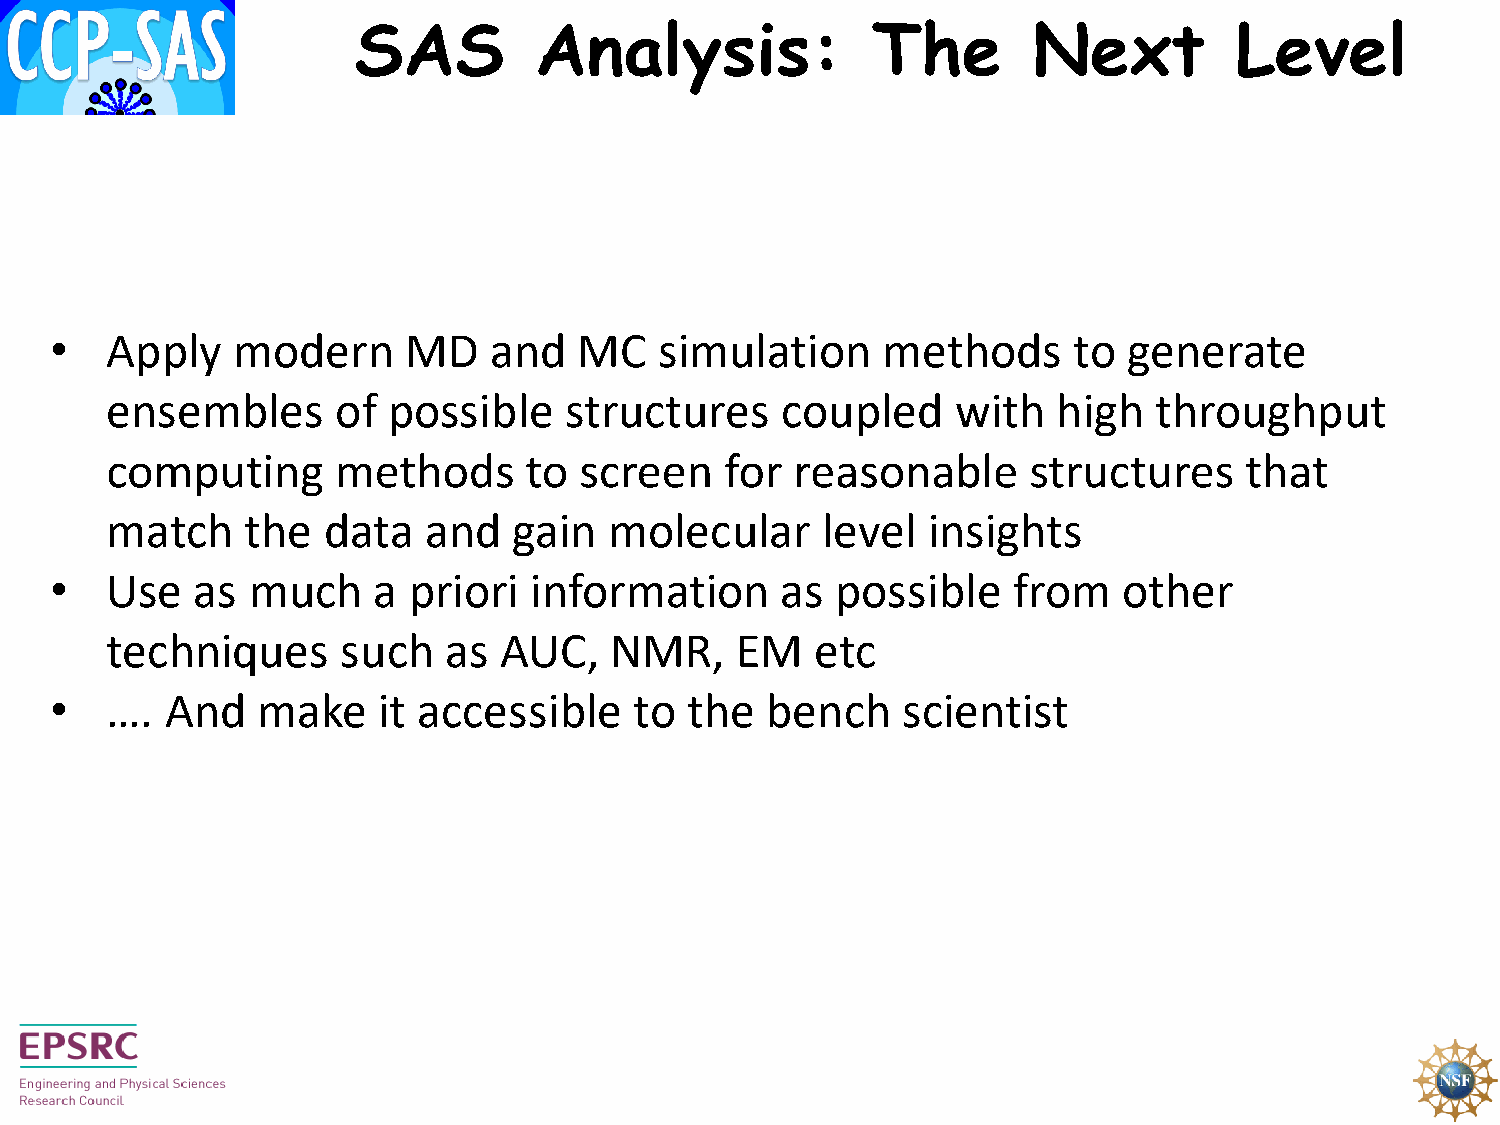
SAS         Analysis:              The       Next          Level
 •   Apply   modern      MD   and   MC    simulation    methods      to  generate
 ensembles      of  possible   structures     coupled    with   high  throughput
 computing      methods      to screen    for  reasonable     structures    that
 match    the  data   and   gain  molecular     level  insights
 •   Use   as much     a priori  information      as possible    from   other
 techniques      such  as  AUC,   NMR,     EM   etc
 •   ….  And   make    it accessible    to the   bench    scientist